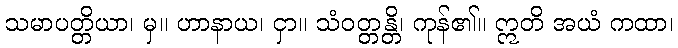
သမာပတ္တိယာ၊ မှ။ ဟာနာယ၊ ငှာ။ သံဝတ္တန္တိ၊ ကုန်၏။ ဣတိ အယံ ကထာ၊